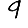
Digit: 9